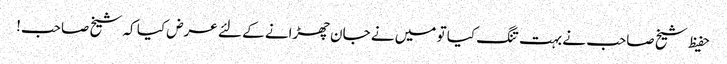
حفیظ شیخ صاحب نے بہت تنگ کیا تو میں نے جان چھڑانے کے لئے عرض کیا کہ شیخ صاحب!